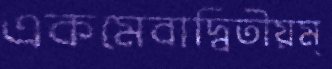
একমেবাদ্বিতীয়ম্